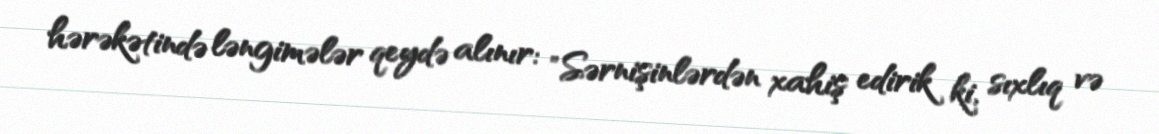
hərəkətində ləngimələr qeydə alınır: "Sərnişinlərdən xahiş edirik ki, sıxlıq və